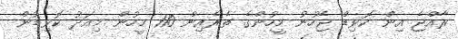
ރާއްޖެ އިން ކޮވިޑް ޖެހުނު މީހުންގެ ތެރެއިން 110 މީހުން މިއަދު ކޮވިޑުން